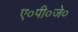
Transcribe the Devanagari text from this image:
ए०पी०जे०